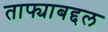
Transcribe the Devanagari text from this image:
ताफ्याबद्दल